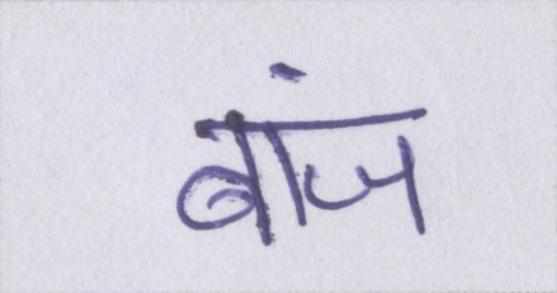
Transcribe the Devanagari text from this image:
बांज